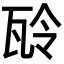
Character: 𤬻